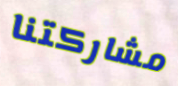
مشاركتنا